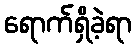
ရောက်ရှိခဲ့ရာ